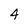
Character: 4